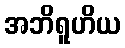
အဘိရူဟိယ